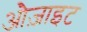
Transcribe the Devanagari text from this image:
औज़ाइट